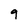
Character: 9